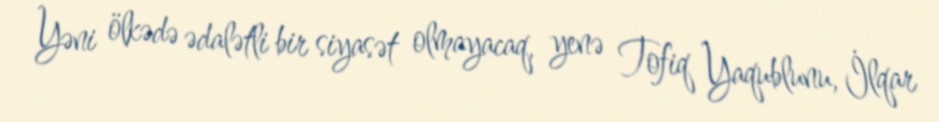
Yəni ölkədə ədalətli bir siyasət olmayacaq, yenə Tofiq Yaqublunu, İlqar